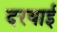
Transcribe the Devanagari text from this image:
दरयाई